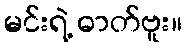
မင်းရဲ့ ဓာတ်ဗူး။